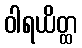
ဝါရယိတ္ထ